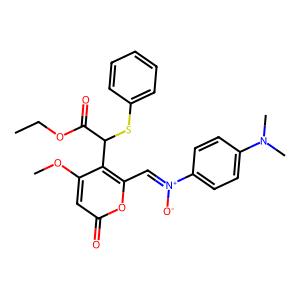
SMILES: CCOC(=O)C(Sc1ccccc1)c1c(OC)cc(=O)oc1C=[N+]([O-])c1ccc(N(C)C)cc1
Inhibits HIV replication: No